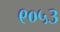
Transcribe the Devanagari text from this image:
९०५३